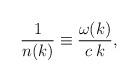
LaTeX: \begin{align*}{1\over n(k)} \equiv {\omega(k)\over c \; k},\end{align*}